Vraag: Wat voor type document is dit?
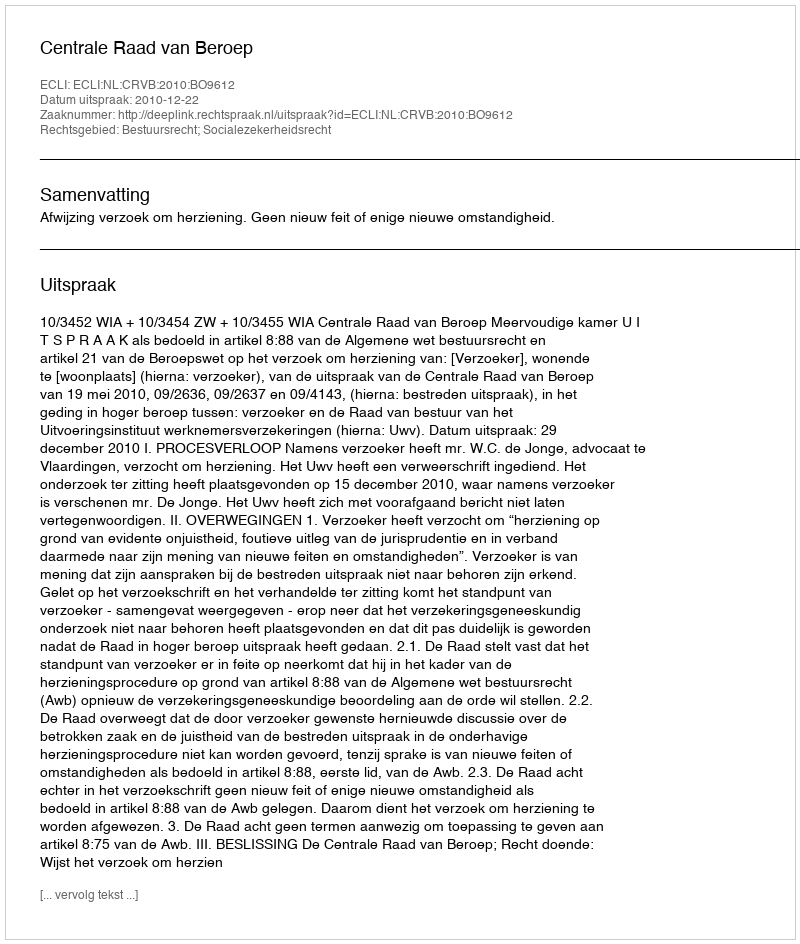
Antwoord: Uitspraak